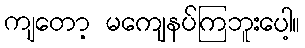
ကျတော့ မကျေနပ်ကြဘူးပေါ့။